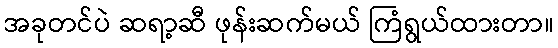
အခုတင်ပဲ ဆရာ့ဆီ ဖုန်းဆက်မယ် ကြံရွယ်ထားတာ။